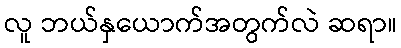
လူ ဘယ်နှယောက်အတွက်လဲ ဆရာ။